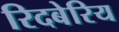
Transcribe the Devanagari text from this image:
रिदबेरिय